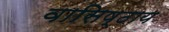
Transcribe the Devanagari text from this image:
वासिष्ठाय